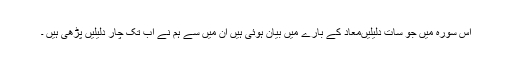
اِس سُورہ میں جو سات دلیلیںمعاد کے بارے میں بیان ہوئی ہیں ان میں سے ہم نے اَب تک چار دلیلیں پڑھی ہیں ۔